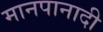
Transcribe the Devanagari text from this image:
मानपानादी